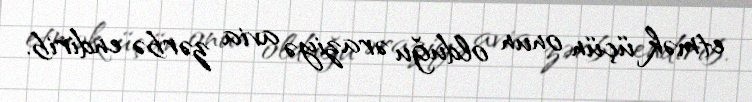
etmək üçün onun olduğu əraziyə avia zərbə endirib.